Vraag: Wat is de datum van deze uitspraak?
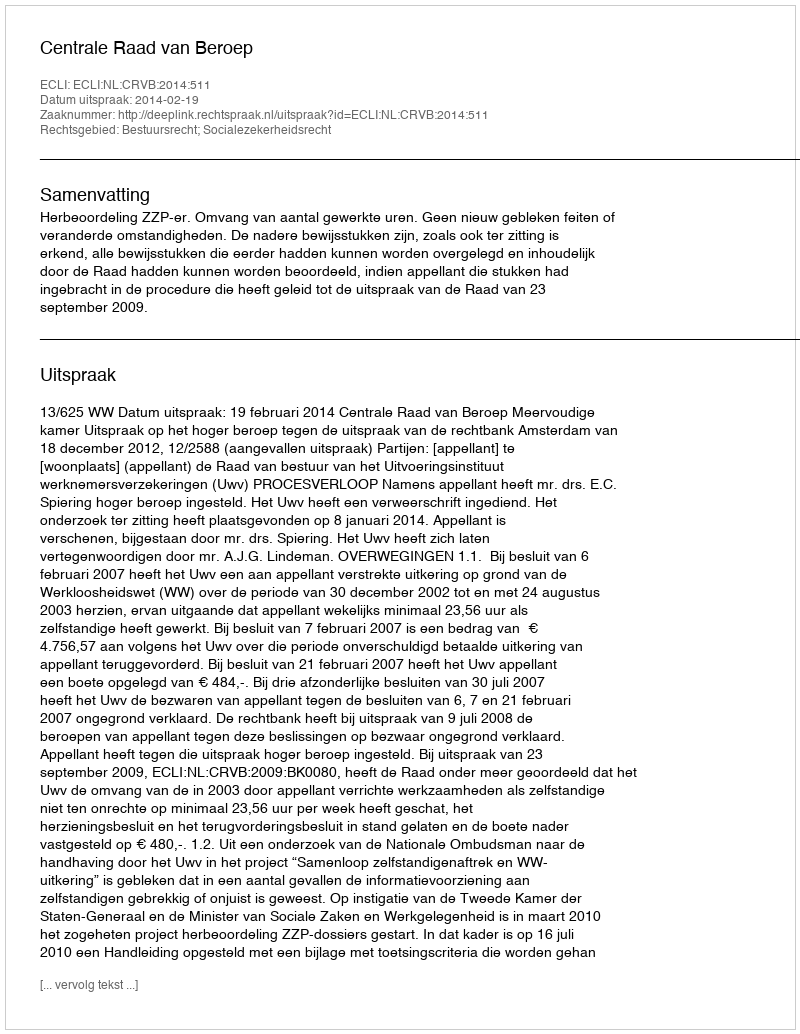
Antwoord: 2014-02-19